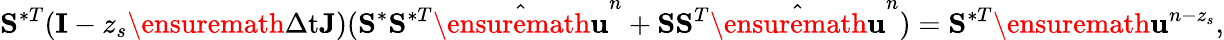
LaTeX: \mathbf{S}^{\ast T}(\mathbf{I}-z_{s}\ensuremath{\Delta\mathrm{t}}\mathbf{J})(\mathbf{S}^{\ast}\mathbf{S}^{\ast T}\hat{\ensuremath{\mathbf{u}}}^{n}+\mathbf{S}\mathbf{S}^{T}\hat{\ensuremath{\mathbf{u}}}^{n})=\mathbf{S}^{\ast T}\ensuremath{\mathbf{u}}^{n-z_{s}},